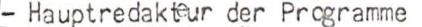
- Hauptredakteur der Programme